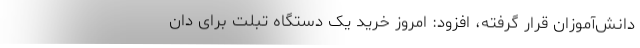
دانش‌آموزان قرار گرفته، افزود: امروز خرید یک دستگاه تبلت برای دان